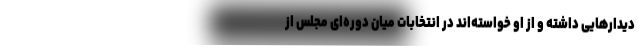
دیدارهایی داشته و از او خواسته‌اند در انتخابات میان دوره‌ای مجلس از